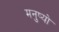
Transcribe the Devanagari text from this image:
मनुष्‍यो